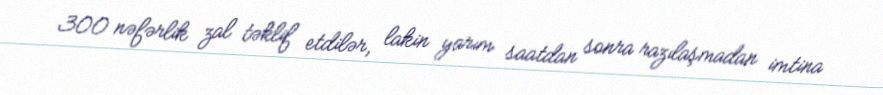
300 nəfərlik zal təklif etdilər, lakin yarım saatdan sonra razılaşmadan imtina